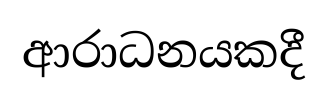
ආරාධනයකදී